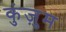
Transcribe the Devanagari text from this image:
कुंज़ुम